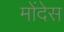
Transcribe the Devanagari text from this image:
मोंदेस